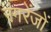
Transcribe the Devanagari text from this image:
रंगरेंजों